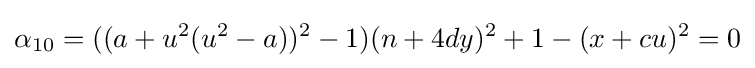
\alpha _{10}=((a+u^{2}(u^{2}-a))^{2}-1)(n+4dy)^{2}+1-(x+cu)^{2}=0